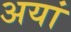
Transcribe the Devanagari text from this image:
अयां